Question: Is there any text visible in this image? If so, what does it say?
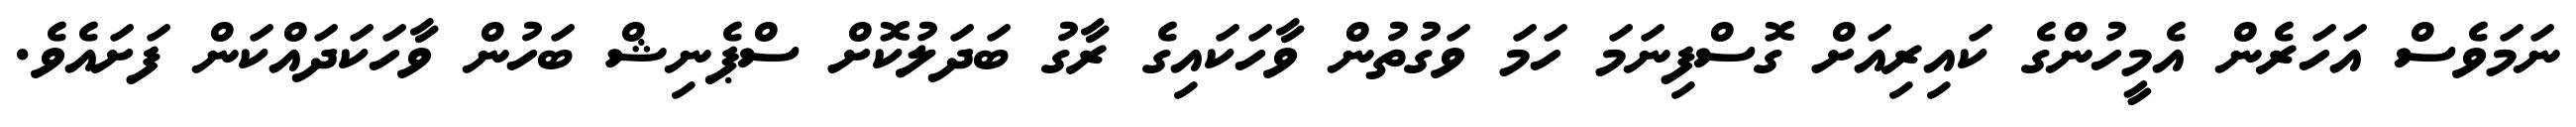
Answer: ނަމަވެސް އަހަރެން އެމީހުންގެ ކައިރިއަށް ގޮސްފިނަމަ ހަމަ ވަގުތުން ވާހަކައިގެ ރާގު ބަދަލުކޮށް ސްޕެނިޝް ބަހުން ވާހަކަދައްކަން ފަށައެވެ.